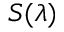
S ( \lambda )